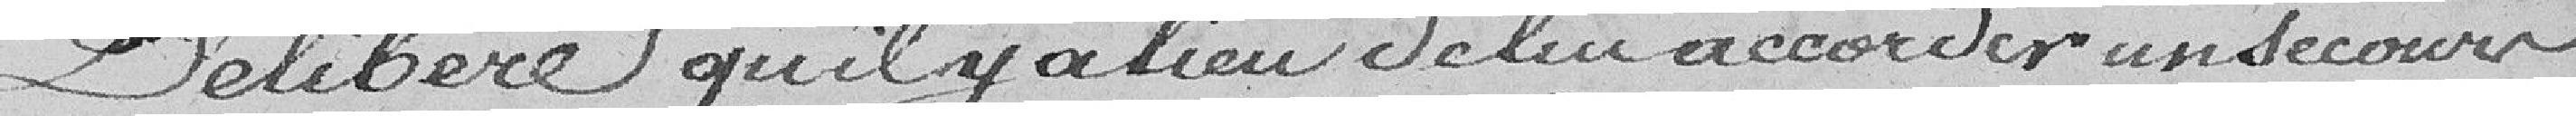
Délibère qu'il y a lieu de lui accorder un secours